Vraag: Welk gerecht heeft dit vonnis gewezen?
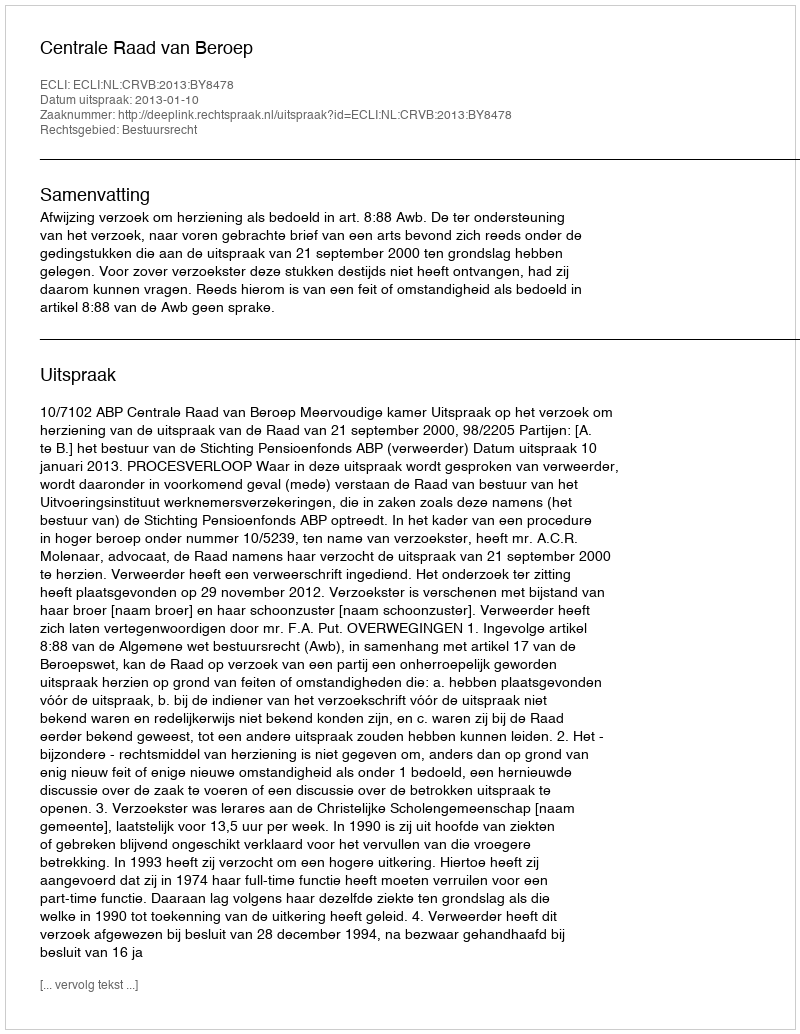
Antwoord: Centrale Raad van Beroep